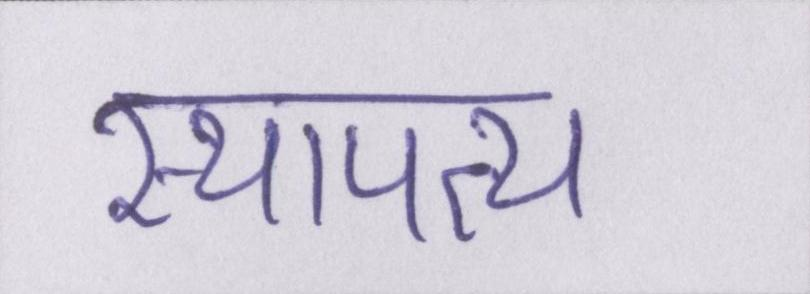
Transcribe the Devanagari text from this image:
स्थापत्य